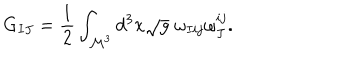
LaTeX: G _ { I J } = \frac { 1 } { 2 } \int _ { \mathcal { M } ^ { 3 } } d ^ { 3 } x \sqrt { g } \; \omega _ { I i j } \omega _ { J } ^ { i j } .